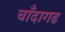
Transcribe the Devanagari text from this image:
चाँदागढ